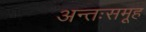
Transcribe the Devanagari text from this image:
अन्तःसमूह